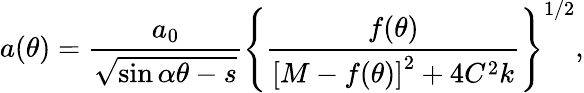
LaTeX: a(\theta)=\frac{a_{0}}{\sqrt{\sin\alpha\theta-s}}\left\{ \frac{f(\theta)}{\left[M-f(\theta)\right]^{2}+4C^{2}k}\right\} ^{1/2},